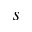
s